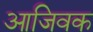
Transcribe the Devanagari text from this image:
आजिवक